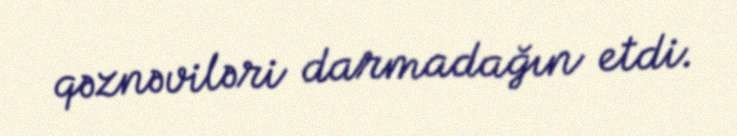
qəznəviləri darmadağın etdi.